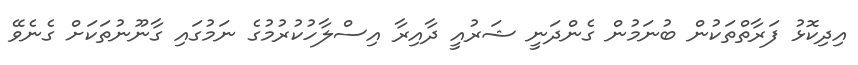
އިދިކޮޅު ފަރާތްތަކުން ބުނަމުން ގެންދަނީ ޝަރުއީ ދާއިރާ އިސްލާހުކުރުމުގެ ނަމުގައި ގާނޫނުތަކަށް ގެނެވޭ